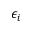
\epsilon _ { i }